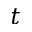
t